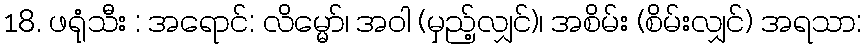
18. ဖရုံသီး : အရောင်: လိမ္မော်၊ အဝါ (မှည့်လျှင်)၊ အစိမ်း (စိမ်းလျှင်) အရသာ: